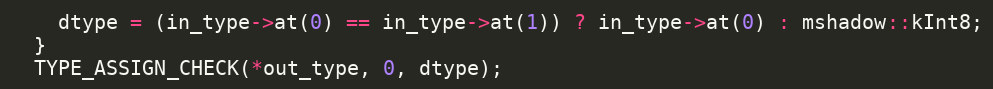
Language: C++
    dtype = (in_type->at(0) == in_type->at(1)) ? in_type->at(0) : mshadow::kInt8;
  }
  TYPE_ASSIGN_CHECK(*out_type, 0, dtype);